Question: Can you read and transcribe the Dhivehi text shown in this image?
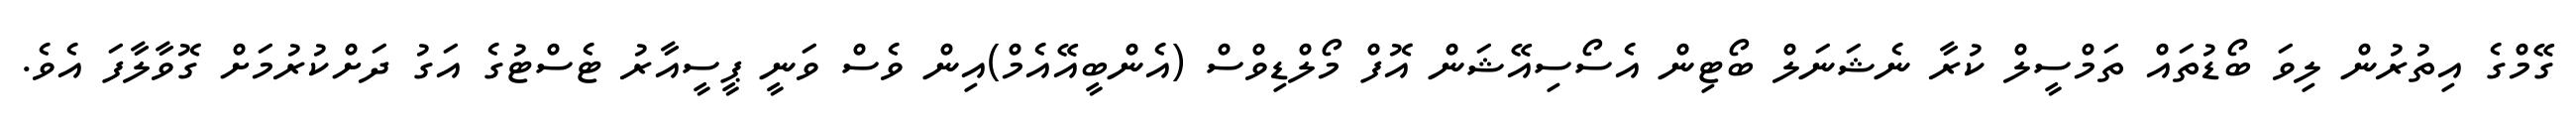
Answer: ގޭމްގެ އިތުރުން ލިވަ ބޯޑުތައް ތަމްސީލް ކުރާ ނެޝަނަލް ބޯޓިން އެސޯސިއޭޝަން އޮފް މޯލްޑިވްސް (އެންބީއޭއެމް)އިން ވެސް ވަނީ ޕީސީއާރު ޓެސްޓުގެ އަގު ދަށްކުރުމަށް ގޮވާލާފަ އެވެ.